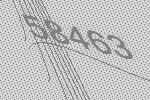
58463